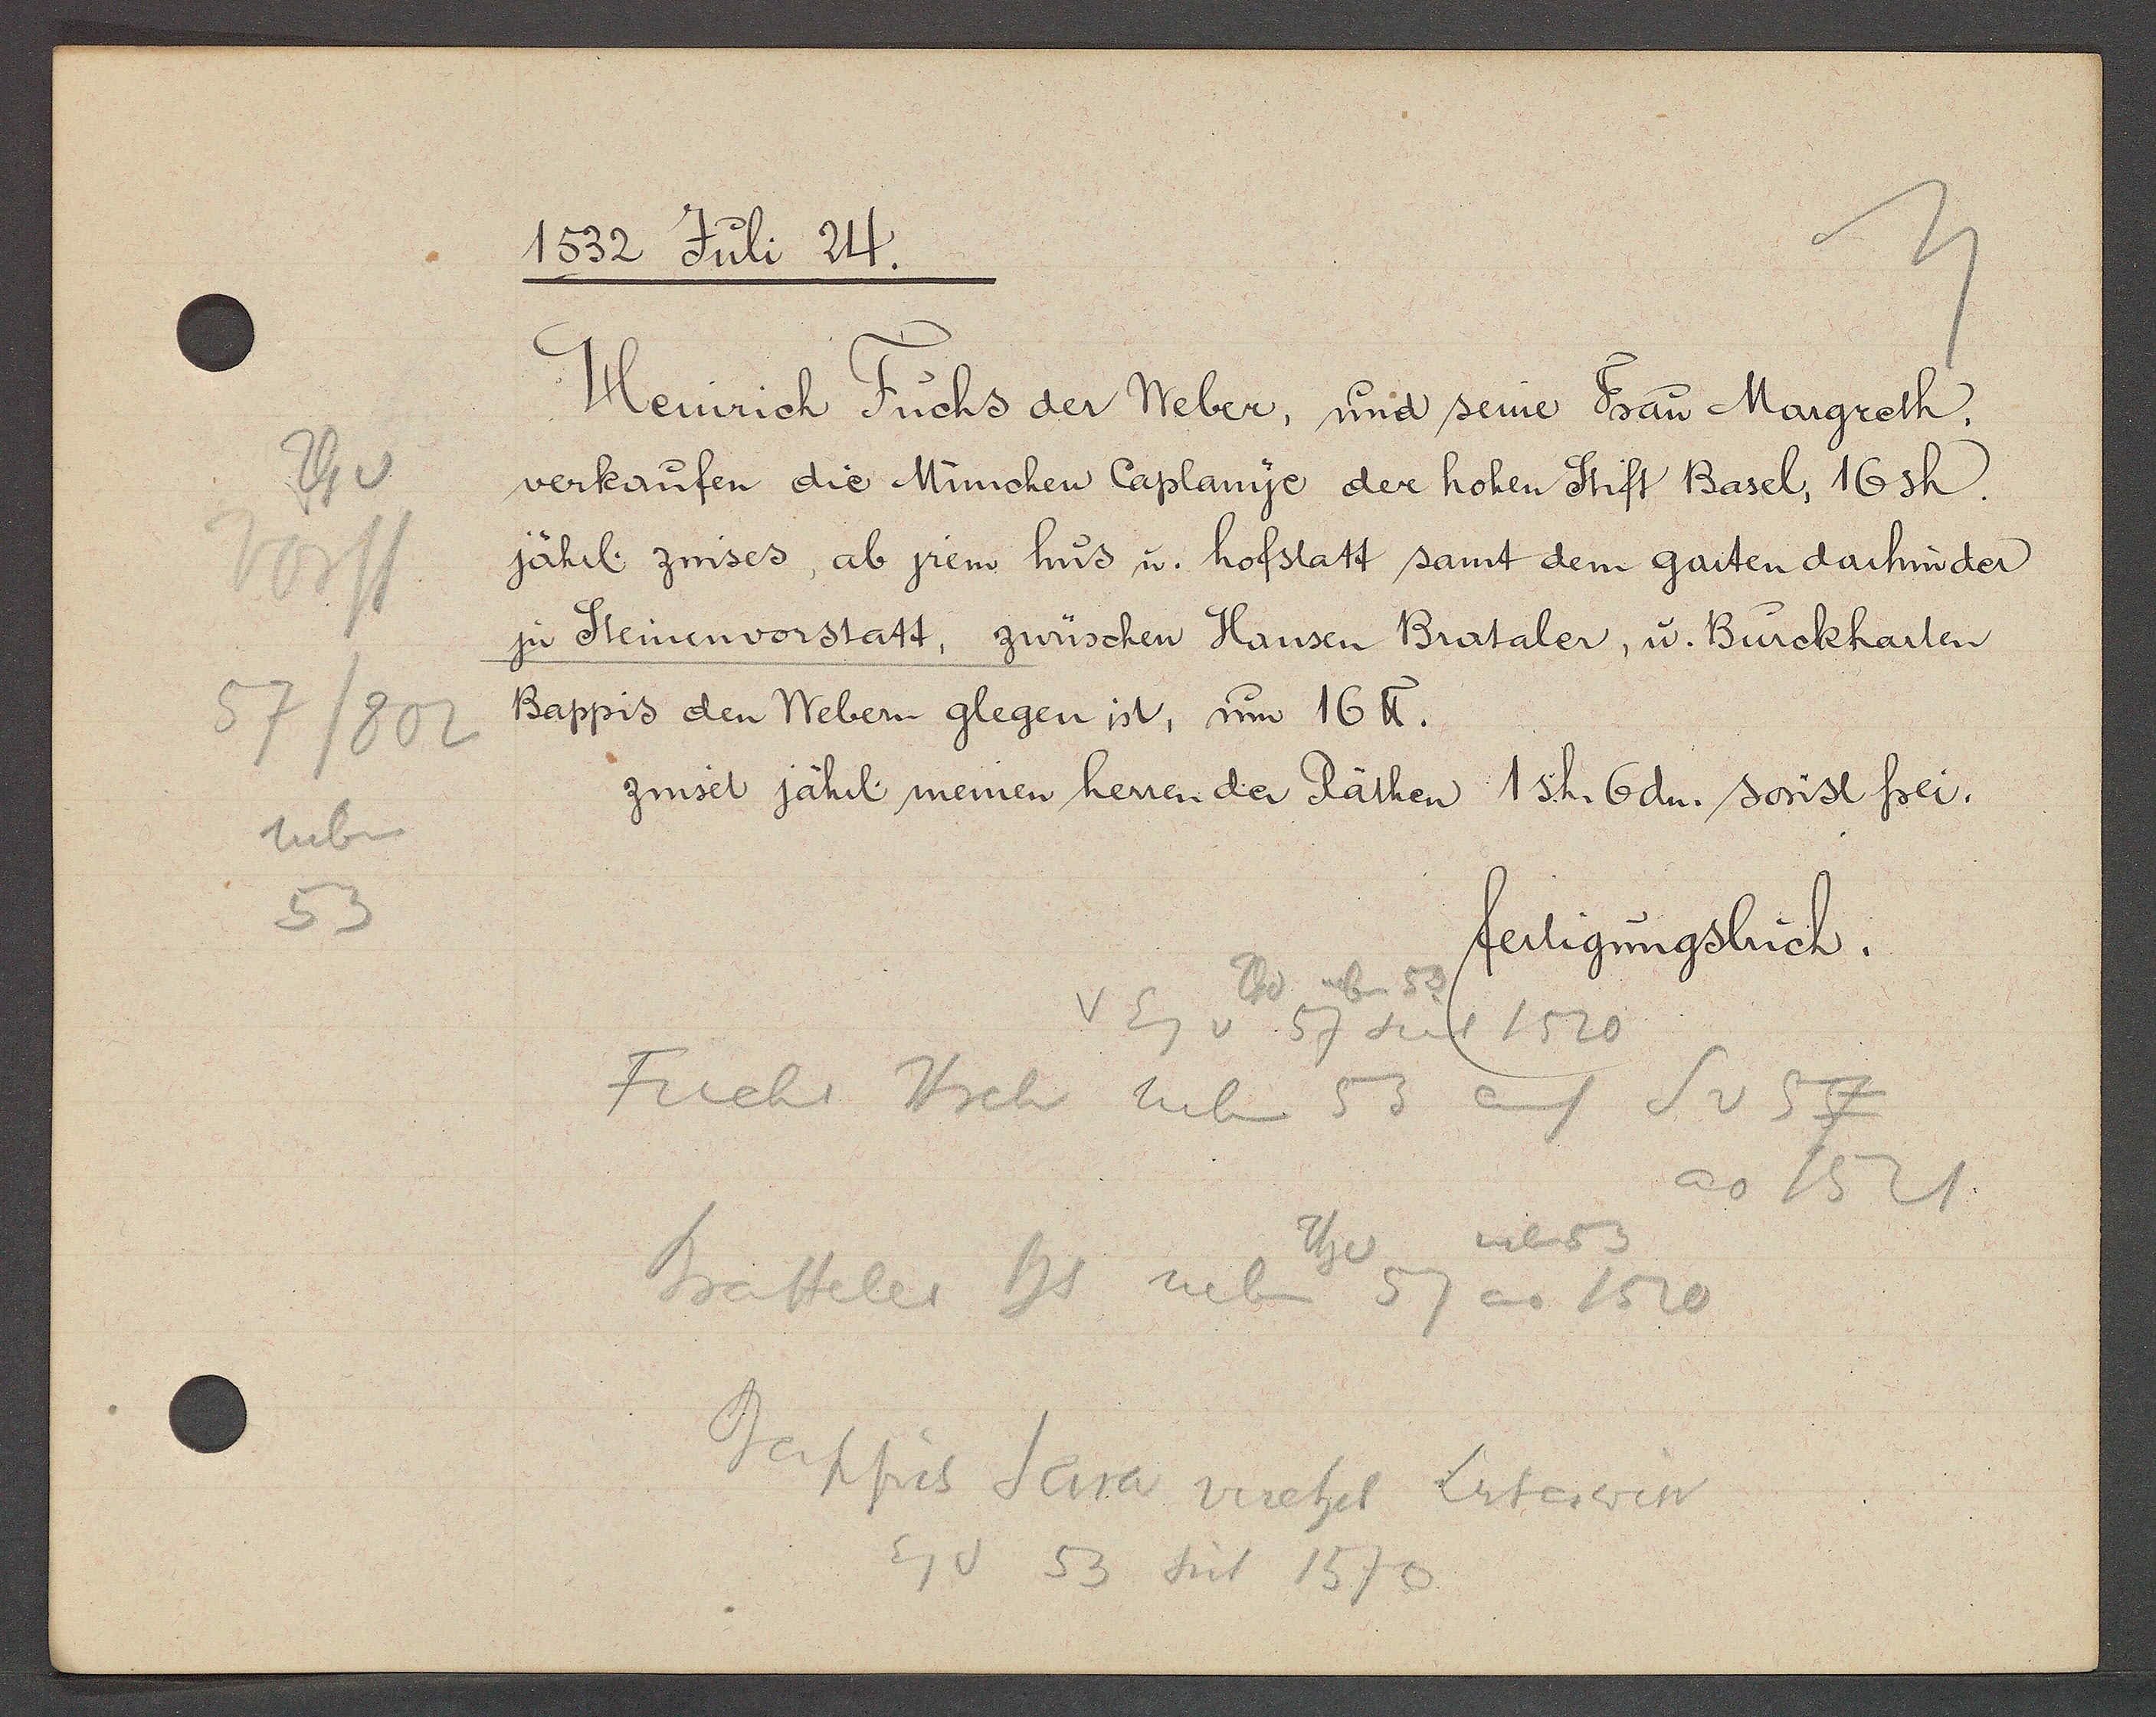
Transcript:
Th v
Vorst
57/802
neben
53

1532 Juli 24.

Heinrich Fuchs der Weber, und seine Frau Margreth.
verkaufen die München Caplanye der hohen Stift Basel, 16sh.
jährl. zinses, ab jrem hus u. hofstatt samt dem garten darhinder
zu Steinenvorstatt, zwüschen Hansen Brataler, u. Burckharten
Bappis den Webern glegen ist, um 16℔.
zinset jährl meinen herren der Räthen 1 sh. 6dn. sonst frei.

fertigungsbuch.

℔s nbn
v Eg v 57 seit 1520
Fuchs Hrch neben 53 auf S v 57
ao 1521
neben 53
Bratteler Hs neben 57 ao 1520
Bappis Sara ursehel Luterwin
Eg v 53 seit 1570